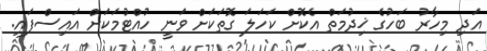
އަދި މިހާރު ބަހުގެ ޚިދުމަތް އެކޮށް ކަހަލަ ގޮތަކަށް ވަނީ ހުއްޓުމަކަށް އައިސްފައި.